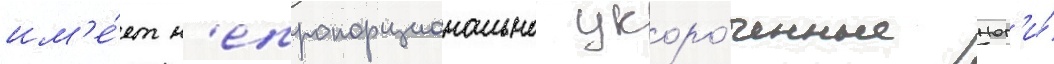
им'е́ет н'епропорционально укоро́ченные ног'и́